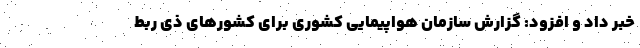
خبر داد و افزود: گزارش سازمان هواپیمایی کشوری برای کشورهای ذی ربط